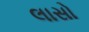
લાસો